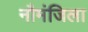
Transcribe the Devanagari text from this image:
नौमंजिला